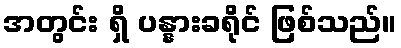
အတွင်း ရှိ ပန္နားခရိုင် ဖြစ်သည်။